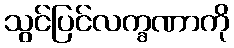
သွင်ပြင်လက္ခဏာကို